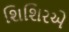
શિશિરએ